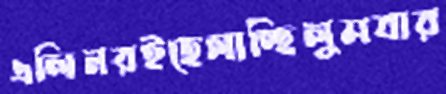
এলিনরইহেলাচ্ছিলুমবার